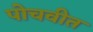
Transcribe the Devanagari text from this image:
पोचवीत